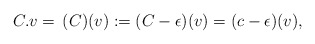
\begin{align*}C.v=\,(C)(v):=(C-\epsilon)(v)=(c-\epsilon)(v),\end{align*}